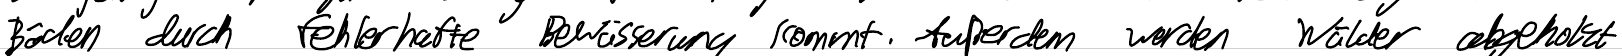
Böden durch fehlerhafte Bewässerung kommt. Außerdem werden Wälder abgeholzt